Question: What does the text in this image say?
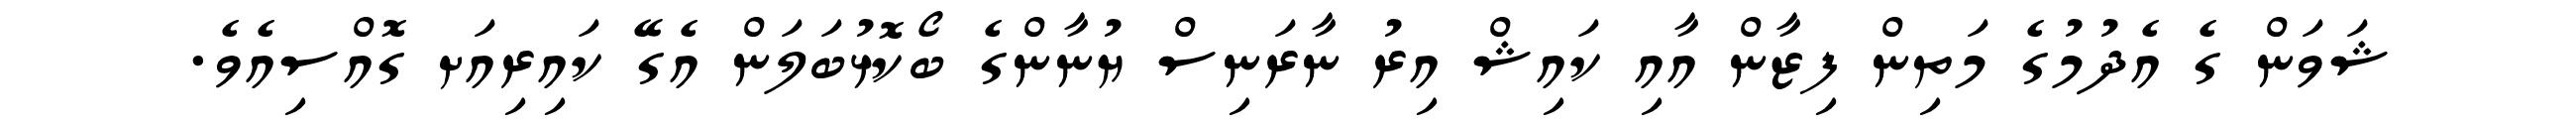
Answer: ޝަވަން ގެ އެދުމުގެ މަތިން ފިޒާން އާއި ކައިޝް އިރު ނާރަނިސް ޔުނާންގެ ބޯކޮޅުބަލަން އެގޭ ކައިރިއަށ ގޮއްސިއެވެ.